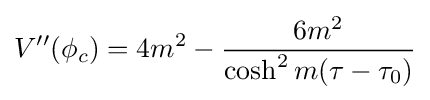
V''(\phi _{c})=4m^{2}-{\frac {6m^{2}}{\cosh ^{2}m(\tau -\tau _{0})}}